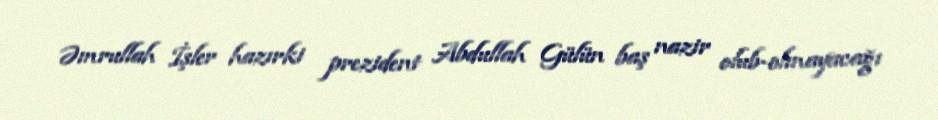
Əmrullah İşler hazırki prezident Abdullah Gülün baş nazir olub-olmayacağı